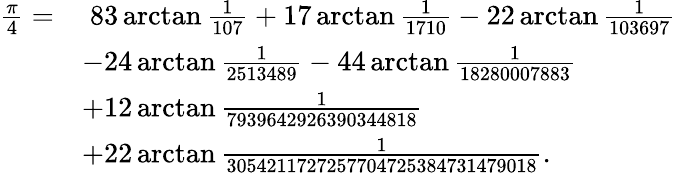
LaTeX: {\begin{array}{rl}{{\frac{\pi}{4}}=}&{\; 83\arctan{\frac{1}{107}}+17\arctan{\frac{1}{1710}}-22\arctan{\frac{1}{103697}}}\\ &{-24\arctan{\frac{1}{2513489}}-44\arctan{\frac{1}{18280007883}}}\\ &{+12\arctan{\frac{1}{7939642926390344818}}}\\ &{+22\arctan{\frac{1}{3054211727257704725384731479018}}.}\end{array}}